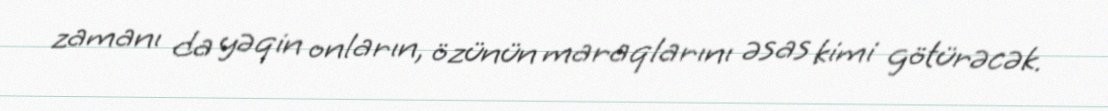
zamanı da yəqin onların, özünün maraqlarını əsas kimi götürəcək.